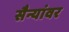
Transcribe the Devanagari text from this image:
सैन्यांवर